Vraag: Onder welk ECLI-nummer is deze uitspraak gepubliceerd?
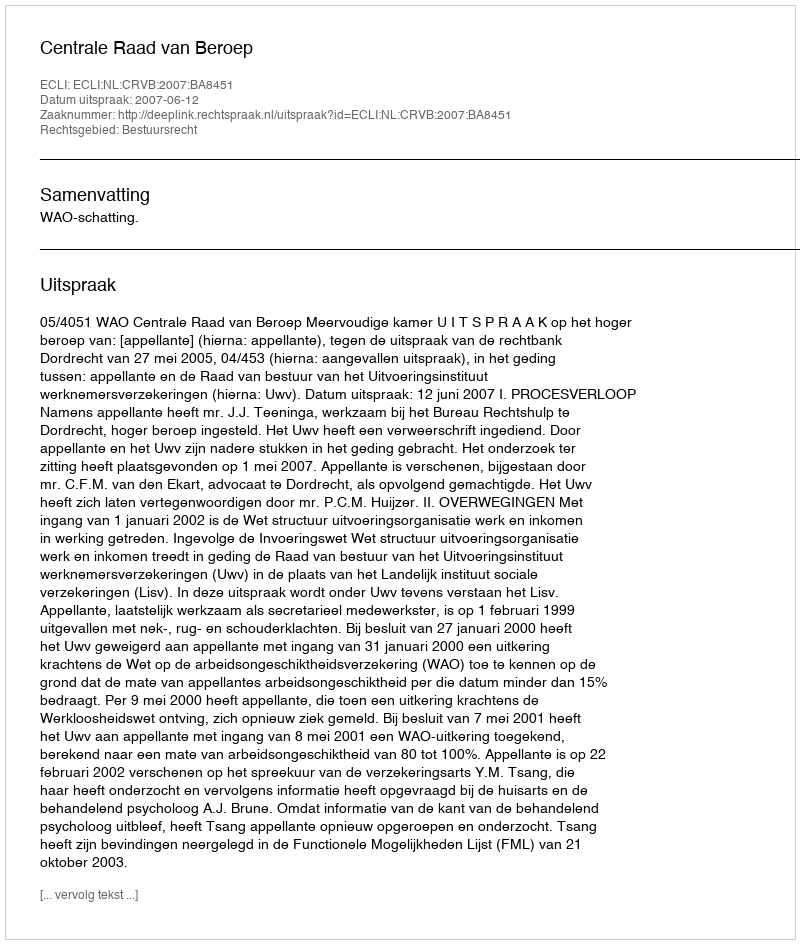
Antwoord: ECLI:NL:CRVB:2007:BA8451